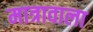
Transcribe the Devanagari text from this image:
मात्रावाला